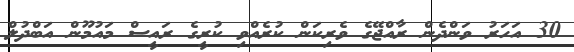
30 އަހަރު ވަންދެން ރާއްޖޭގެ ވެރިކަން ކުރެއްވި ކުރީގެ ރައީސް މައުމޫން އަބްދުލް